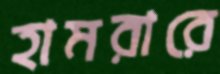
হামরারে